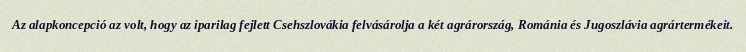
Az alapkoncepció az volt, hogy az iparilag fejlett Csehszlovákia felvásárolja a két agrárország, Románia és Jugoszlávia agrártermékeit.